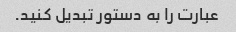
عبارت را به دستور تبدیل کنید.